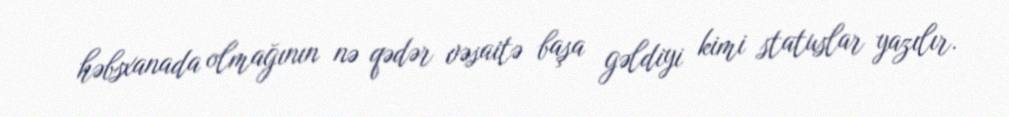
həbsxanada olmağının nə qədər vəsaitə başa gəldiyi kimi statuslar yazılır.